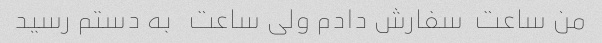
من ‌ساعت  سفارش دادم ولی ساعت   به دستم رسید